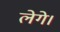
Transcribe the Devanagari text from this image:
लेगे।